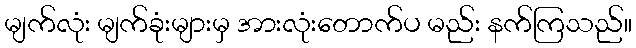
မျက်လုံး မျက်ခုံးများမှ အားလုံးတောက်ပ မည်း နက်ကြသည်။